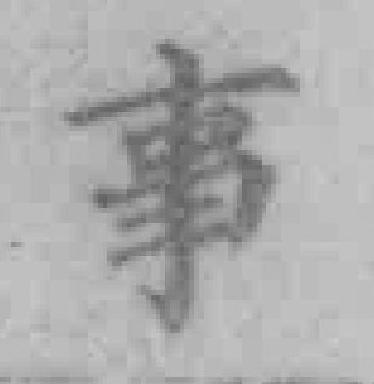
事